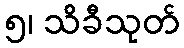
၅၊ သိခီသုတ်